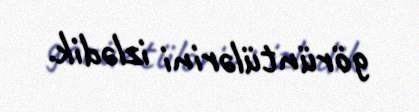
görüntülərini izlədik.